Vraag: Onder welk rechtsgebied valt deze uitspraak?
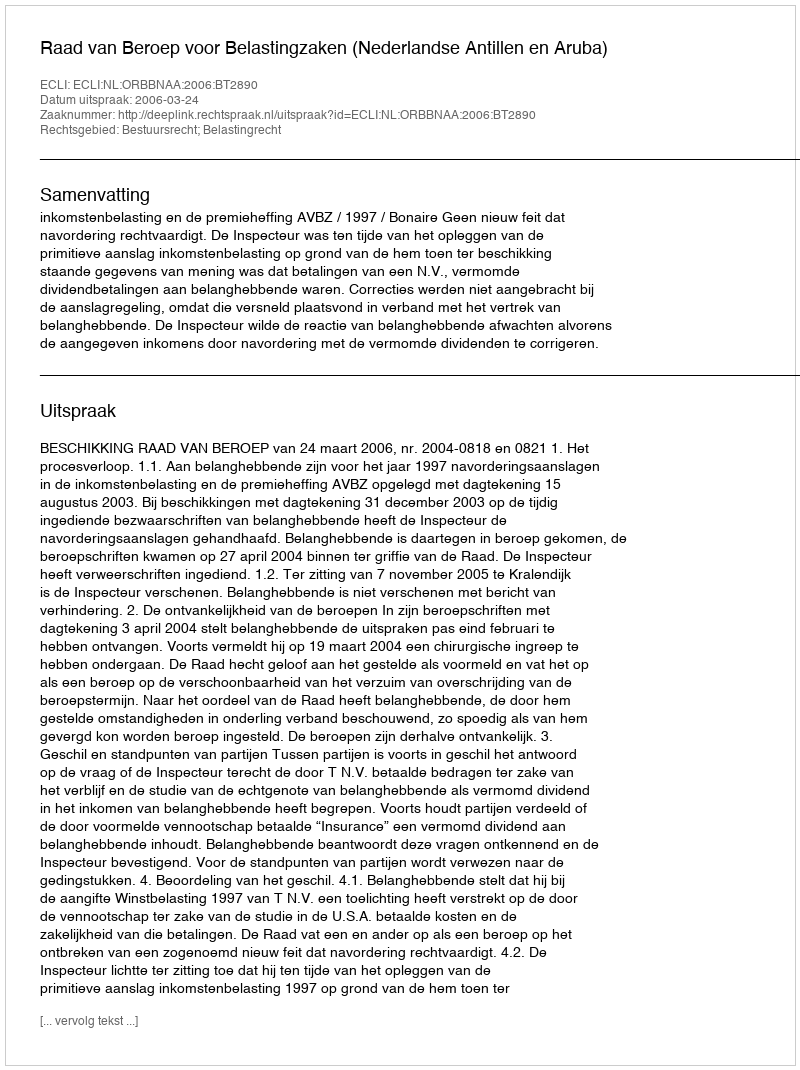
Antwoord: Bestuursrecht; Belastingrecht